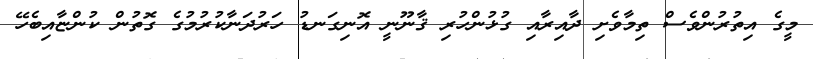
މީގެ އިތުރުންވެސް ތިމާވެށި ދާއިރާއި ގުޅުންހުރި ޤާނޫނީ އޮނިގަނޑު ހަރުދަނާކުރުމުގެ ގޮތުން ކުންޏާއިބެހޭ